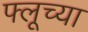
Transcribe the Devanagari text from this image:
फ्लूच्या